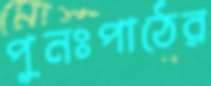
পুনঃপাঠের